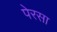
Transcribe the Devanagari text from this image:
पेरसा